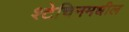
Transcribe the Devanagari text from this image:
श्टेचिनमधील